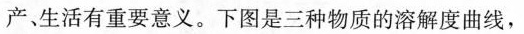
产、生活有重要意义。下图是三种物质的溶解度曲线，